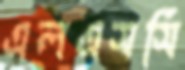
এলএসসি